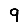
Digit: 9